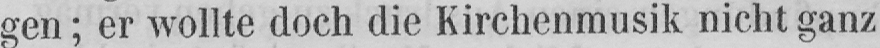
gen; er wollte doch die Kirchenmusik nicht ganz